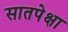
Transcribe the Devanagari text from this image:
सातपेक्षा